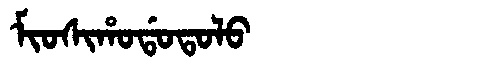
Manchu: ᠮᡳᠣᠰᡳᡥᠣᡩᠣᡨᠣᠯᠣ
Romanization: MIOSIHODOTOLO